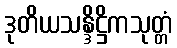
ဒုတိယသန္ဒိဋ္ဌိကသုတ္တံ